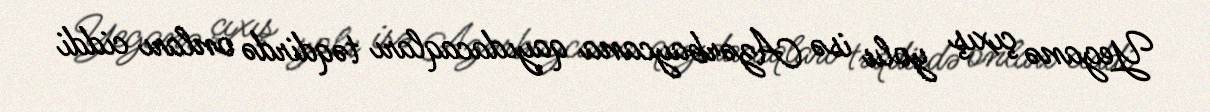
Yeganə çıxış yolu isə Azərbaycana qayıdacaqları təqdirdə onları ciddi